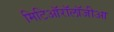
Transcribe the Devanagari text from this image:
मिटिऑरॉलॉजीआ